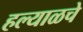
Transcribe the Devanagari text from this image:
हल्याळचे